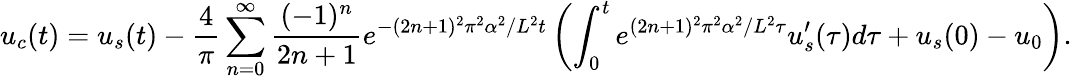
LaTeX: u_{c}(t)=u_{s}(t)-\frac{4}{\pi}\sum_{n=0}^{\infty}\frac{(-1)^{n}}{2n+1}e^{-(2n+1)^{2}\pi^{2}\alpha^{2}/L^{2}t}\left(\int_{0}^{t}e^{(2n+1)^{2}\pi^{2}\alpha^{2}/L^{2}\tau}u_{s}^{\prime}(\tau)d\tau+u_{s}(0)-u_{0}\right).